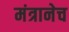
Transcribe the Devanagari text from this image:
मंत्रानेच